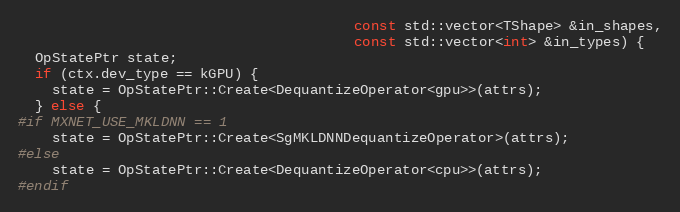
Language: C++
                                        const std::vector<TShape> &in_shapes,
                                        const std::vector<int> &in_types) {
  OpStatePtr state;
  if (ctx.dev_type == kGPU) {
    state = OpStatePtr::Create<DequantizeOperator<gpu>>(attrs);
  } else {
#if MXNET_USE_MKLDNN == 1
    state = OpStatePtr::Create<SgMKLDNNDequantizeOperator>(attrs);
#else
    state = OpStatePtr::Create<DequantizeOperator<cpu>>(attrs);
#endif